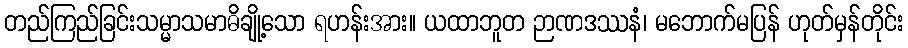
တည်ကြည်ခြင်းသမ္မာသမာဓိချို့သော ရဟန်းအား။ ယထာဘူတ ဉာဏဒဿနံ၊ မဘောက်မပြန် ဟုတ်မှန်တိုင်း